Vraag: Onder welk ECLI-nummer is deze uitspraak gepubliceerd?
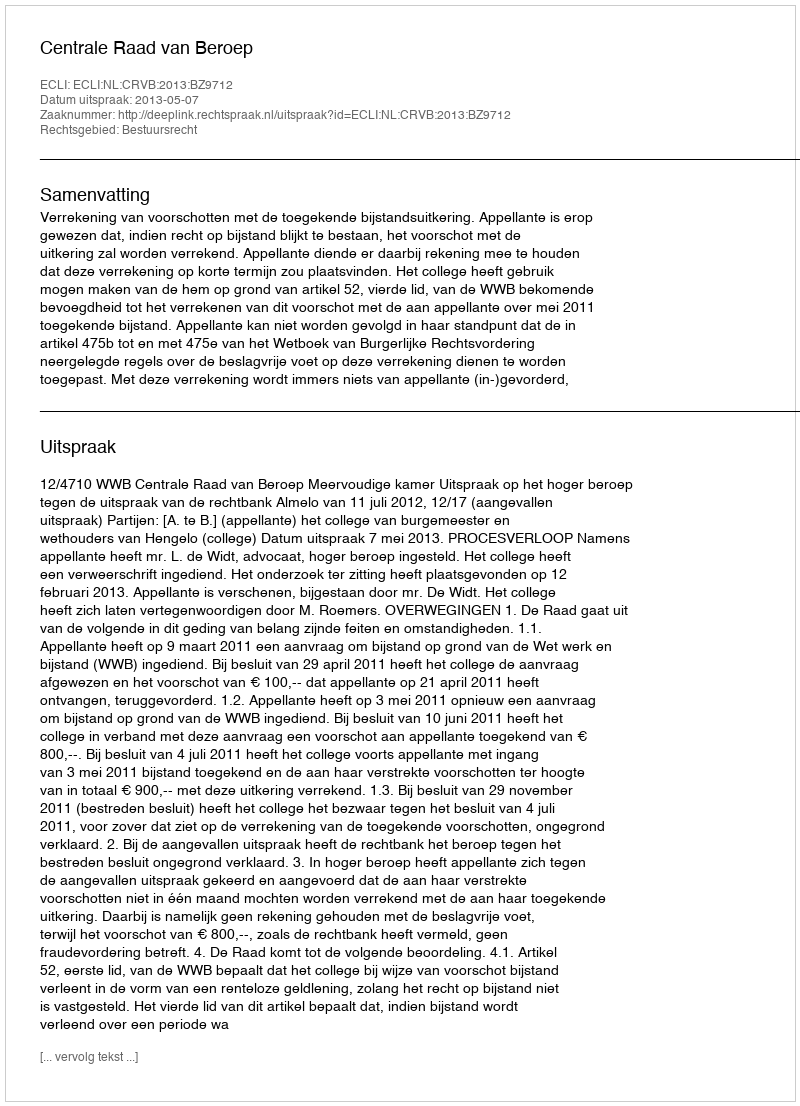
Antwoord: ECLI:NL:CRVB:2013:BZ9712